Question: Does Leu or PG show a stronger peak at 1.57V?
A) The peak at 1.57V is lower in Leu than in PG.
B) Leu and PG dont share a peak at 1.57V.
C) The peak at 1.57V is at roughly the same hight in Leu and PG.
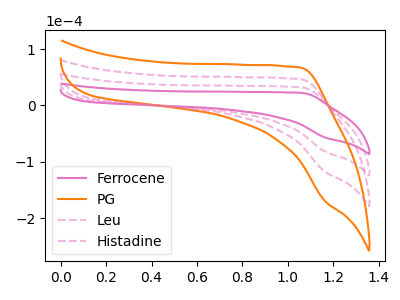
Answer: <think>The pink curve "Ferrocene" has no peaks. The orange curve "PG" has no peaks. The pink dashed curve "Leu" has no peaks. The pink dashed curve "Histadine" has no peaks.</think>
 <answer>B) "Leu" and "PG" dont share a peak at 1.57V.</answer>
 <eval>B</eval>